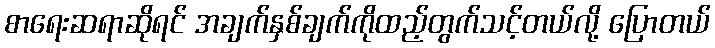
စာရေးဆရာဆိုရင် အချက်နှစ်ချက်ကိုထည့်တွက်သင့်တယ်လို့ ပြောတယ်